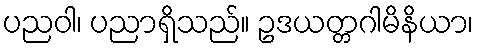
ပညဝါ၊ ပညာရှိသည်။ ဥဒယတ္တဂါမိနိယာ၊